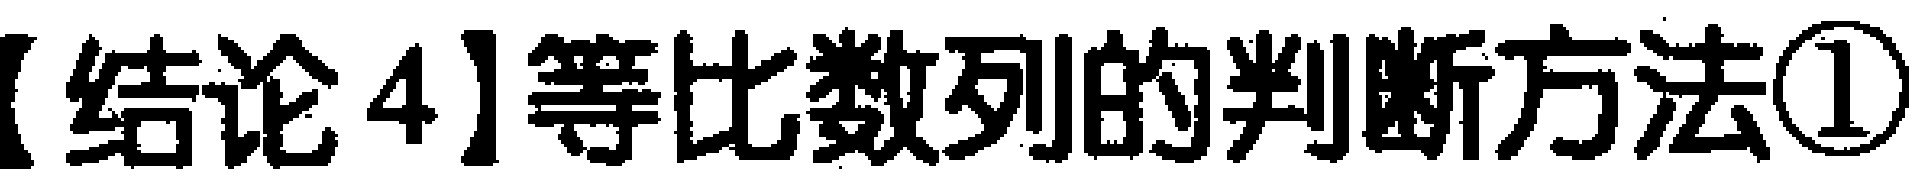
【结论4】等比数列的判断方法\textcircled{1}